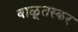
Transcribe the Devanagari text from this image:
वाळूतस्कर